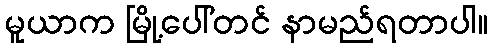
မူယာက မြို့ပေါ်တင် နာမည်ရတာပါ။